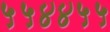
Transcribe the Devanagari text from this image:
५५४४५५